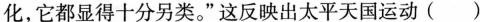
化，它都显得十分另类。”这反映出太平天国运动( )